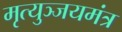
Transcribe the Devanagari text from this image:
मृत्युञ्जयमंत्र